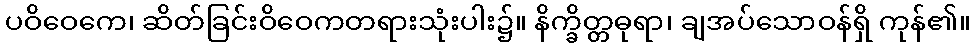
ပဝိဝေကေ၊ ဆိတ်ခြင်းဝိဝေကတရားသုံးပါး၌။ နိက္ခိတ္တဓုရာ၊ ချအပ်သောဝန်ရှိ ကုန်၏။